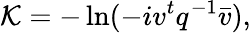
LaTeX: {\cal K}=-\ln(-iv^{t}q^{-1}\bar{v}),